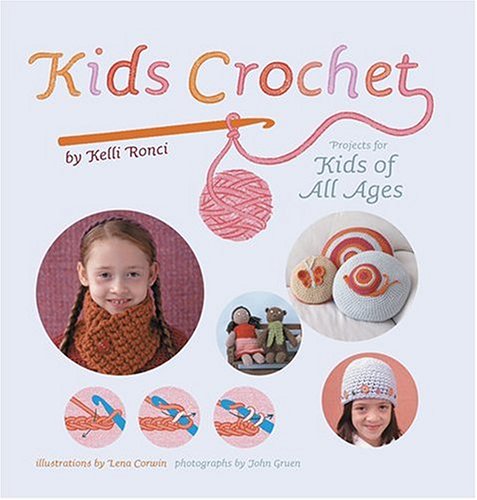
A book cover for Kids Crochet: Projects for Kids of All Ages; Kelli Ronci; Crafts, Hobbies & Home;